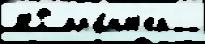
НР пр'и́нт'ер